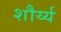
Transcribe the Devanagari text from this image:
शौर्य्य